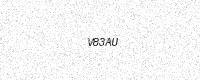
Text: V83AU